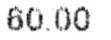
60.00